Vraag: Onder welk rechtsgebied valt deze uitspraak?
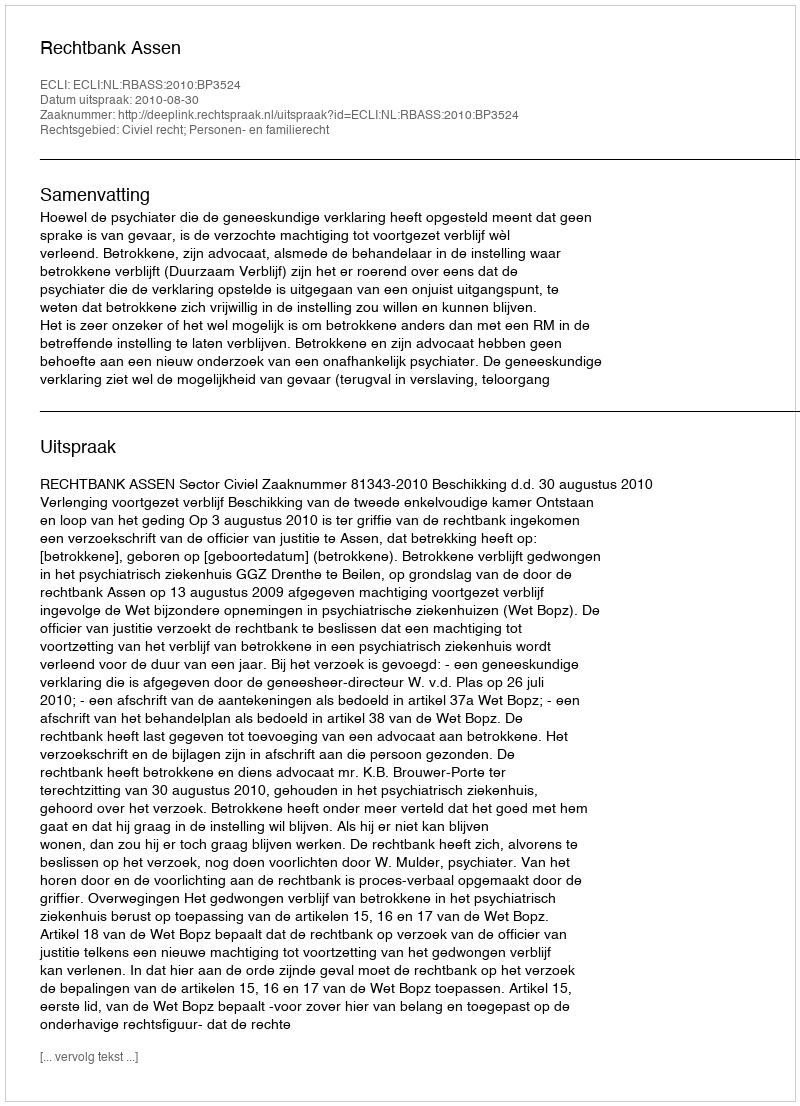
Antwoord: Civiel recht; Personen- en familierecht